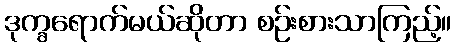
ဒုက္ခရောက်မယ်ဆိုတာ စဉ်းစားသာကြည့်။